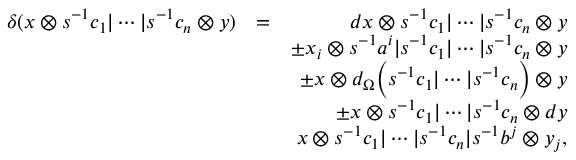
\begin{array} { r l r } { \delta ( x \otimes s ^ { - 1 } c _ { 1 } \vert \cdots \vert s ^ { - 1 } c _ { n } \otimes y ) } & { = } & { d x \otimes s ^ { - 1 } c _ { 1 } \vert \cdots \vert s ^ { - 1 } c _ { n } \otimes y } \\ & { } & { \pm x _ { i } \otimes s ^ { - 1 } a ^ { i } \vert s ^ { - 1 } c _ { 1 } \vert \cdots \vert s ^ { - 1 } c _ { n } \otimes y } \\ & { } & { \pm x \otimes d _ { \Omega } \Big ( s ^ { - 1 } c _ { 1 } \vert \cdots \vert s ^ { - 1 } c _ { n } \Big ) \otimes y } \\ & { } & { \pm x \otimes s ^ { - 1 } c _ { 1 } \vert \cdots \vert s ^ { - 1 } c _ { n } \otimes d y } \\ & { } & { x \otimes s ^ { - 1 } c _ { 1 } \vert \cdots \vert s ^ { - 1 } c _ { n } \vert s ^ { - 1 } b ^ { j } \otimes y _ { j } , } \end{array}